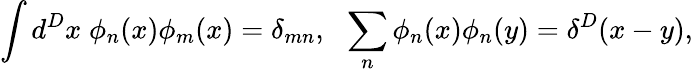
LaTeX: \int d^{D}x\; \phi_{n}(x)\phi_{m}(x)=\delta_{mn},\: \: \: \sum_{n}\phi_{n}(x)\phi_{n}(y)=\delta^{D}(x-y),